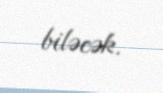
biləcək.